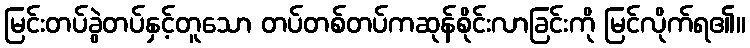
မြင်းတပ်ခွဲတပ်နှင့်တူသော တပ်တစ်တပ်ကဆုန်စိုင်းလာခြင်းကို မြင်လိုက်ရ၏။